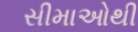
સીમાઓથી